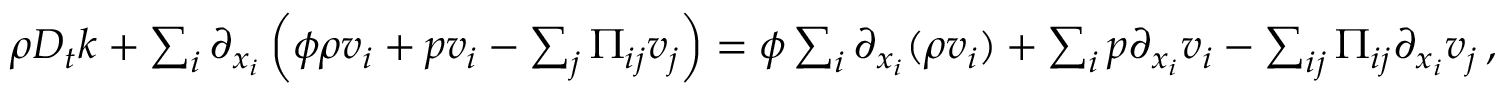
\begin{array} { r } { \rho D _ { t } k + \sum _ { i } \partial _ { x _ { i } } \left( \phi \rho v _ { i } + p v _ { i } - \sum _ { j } \Pi _ { i j } v _ { j } \right) = \phi \sum _ { i } \partial _ { x _ { i } } ( \rho v _ { i } ) + \sum _ { i } p \partial _ { x _ { i } } v _ { i } - \sum _ { i j } \Pi _ { i j } \partial _ { x _ { i } } v _ { j } \, , } \end{array}